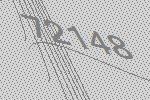
72148